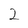
Character: 2